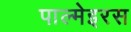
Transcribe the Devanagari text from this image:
पाल्मेइरस